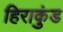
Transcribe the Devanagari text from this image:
हिराकुंड